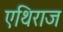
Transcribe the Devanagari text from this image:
एथिराज